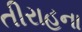
તીરાહના